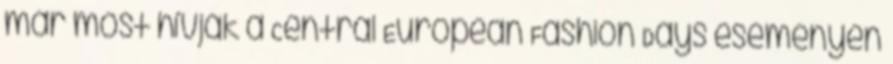
már most hívják a Central European Fashion Days eseményen